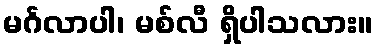
မင်္ဂလာပါ၊ မစ်လီ ရှိပါသလား။